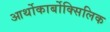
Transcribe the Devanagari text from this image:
आर्थोकार्बोक्सिलिक